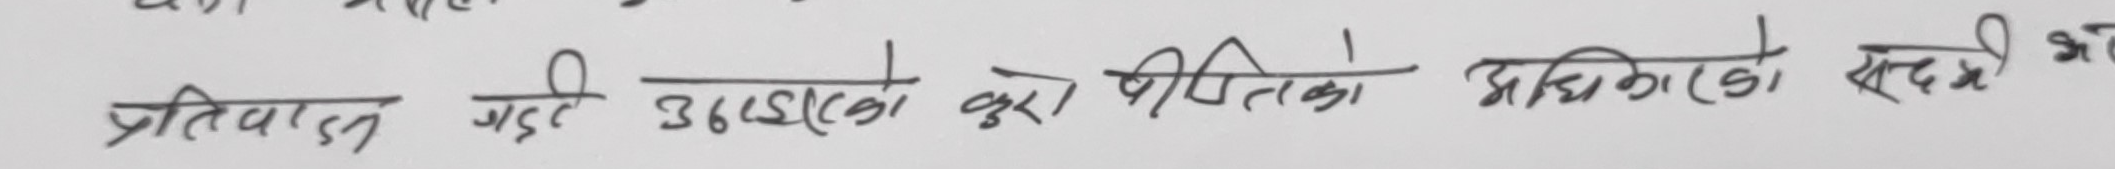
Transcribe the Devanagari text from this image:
प्रतिवाद गरी उठाइएका कुरा पीडितको अधिकारको सन्दर्भ